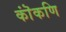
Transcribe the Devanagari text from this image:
कॊंकणि